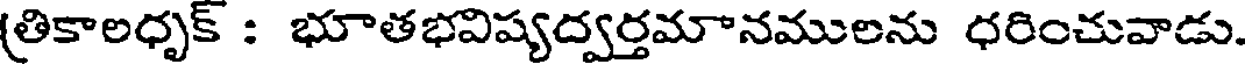
(తికాలధృక్ : భూతభవిష్యద్వర్తమానములను ధరించువాడు.